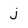
Character: j